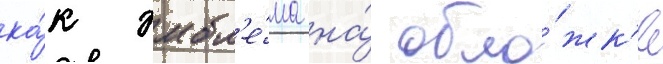
ка́к эмбл'е́ма на́ обло́жк'е